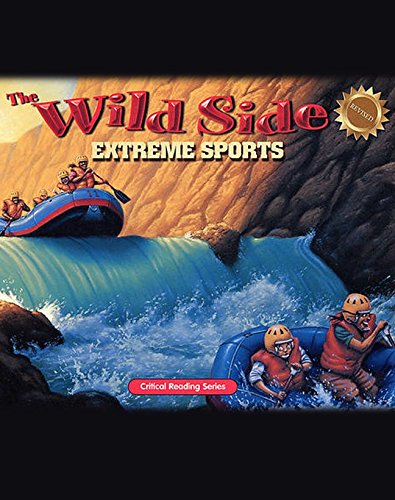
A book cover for The Wild Side: Extreme Sports: Critical Reading Skills; Henry & Melissa Billings; Sports & Outdoors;